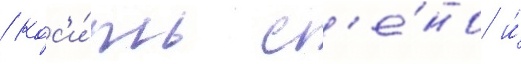
/ кос'и́ть с'е́но и́